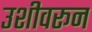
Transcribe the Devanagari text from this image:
उशीवरून